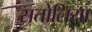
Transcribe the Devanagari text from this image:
सतोलिया